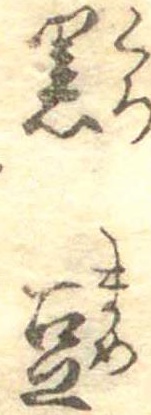
黒豆